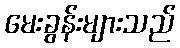
မေးခွန်းများသည်